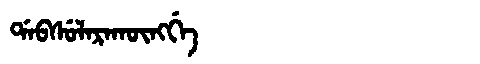
Manchu: ᡩᠠᠪᠰᡠᠯᠠᡵᠠᡴᡡᠩᡤᡝ
Romanization: DABSULARAKŪNGGE